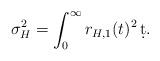
LaTeX: \begin{align*}\sigma_H^2 = \int_0^\infty r_{H,1}(t)^2\, \d t.\end{align*}